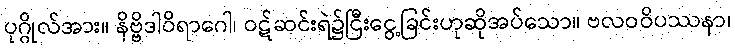
ပုဂ္ဂိုလ်အား။ နိဗ္ဗိဒါဝိရာဂေါ၊ ဝဋ်ဆင်းရဲ၌ငြီးငွေ့ခြင်းဟုဆိုအပ်သော။ ဗလဝဝိပဿနာ၊